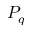
P _ { q }